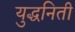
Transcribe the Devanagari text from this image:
युद्धनिती